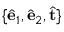
\{ \hat { \bf e } _ { 1 } , \hat { \bf e } _ { 2 } , \hat { \bf t } \}